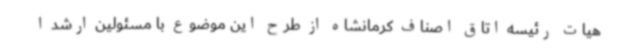
هیات رئیسه اتاق اصناف کرمانشاه از طرح این موضوع با مسئولین ارشد ا